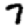
Digit: 7